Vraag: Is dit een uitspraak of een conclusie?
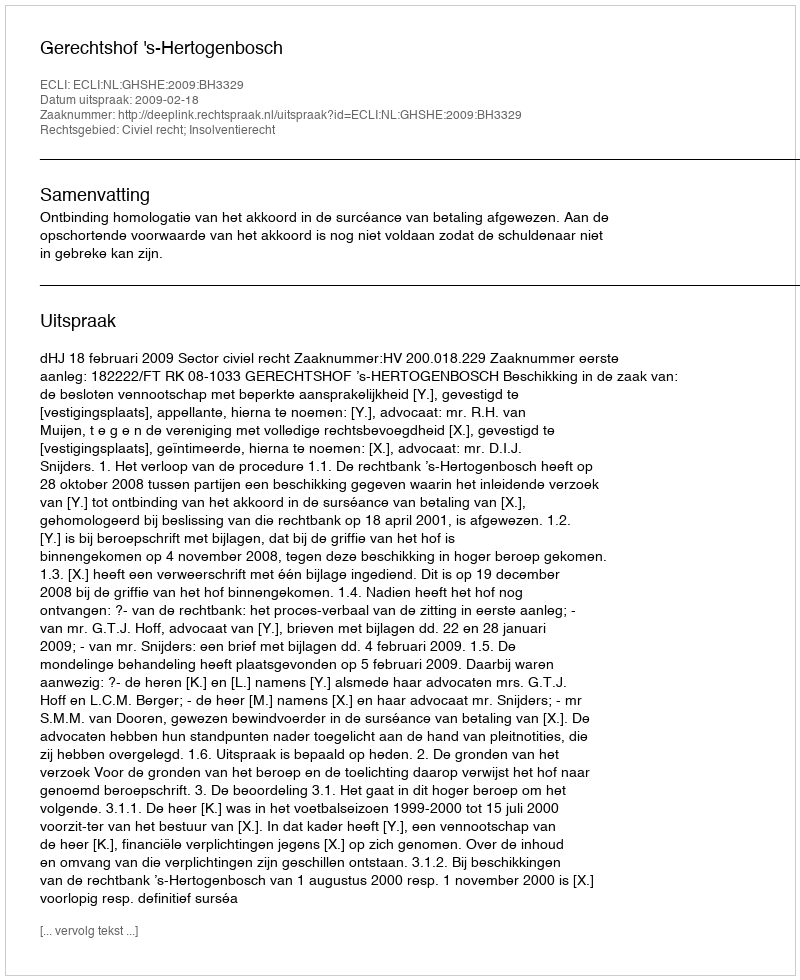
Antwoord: Uitspraak